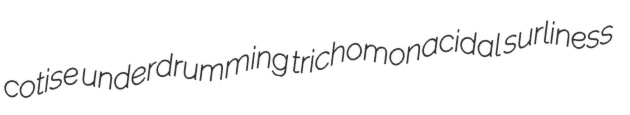
cotise underdrumming trichomonacidal surliness